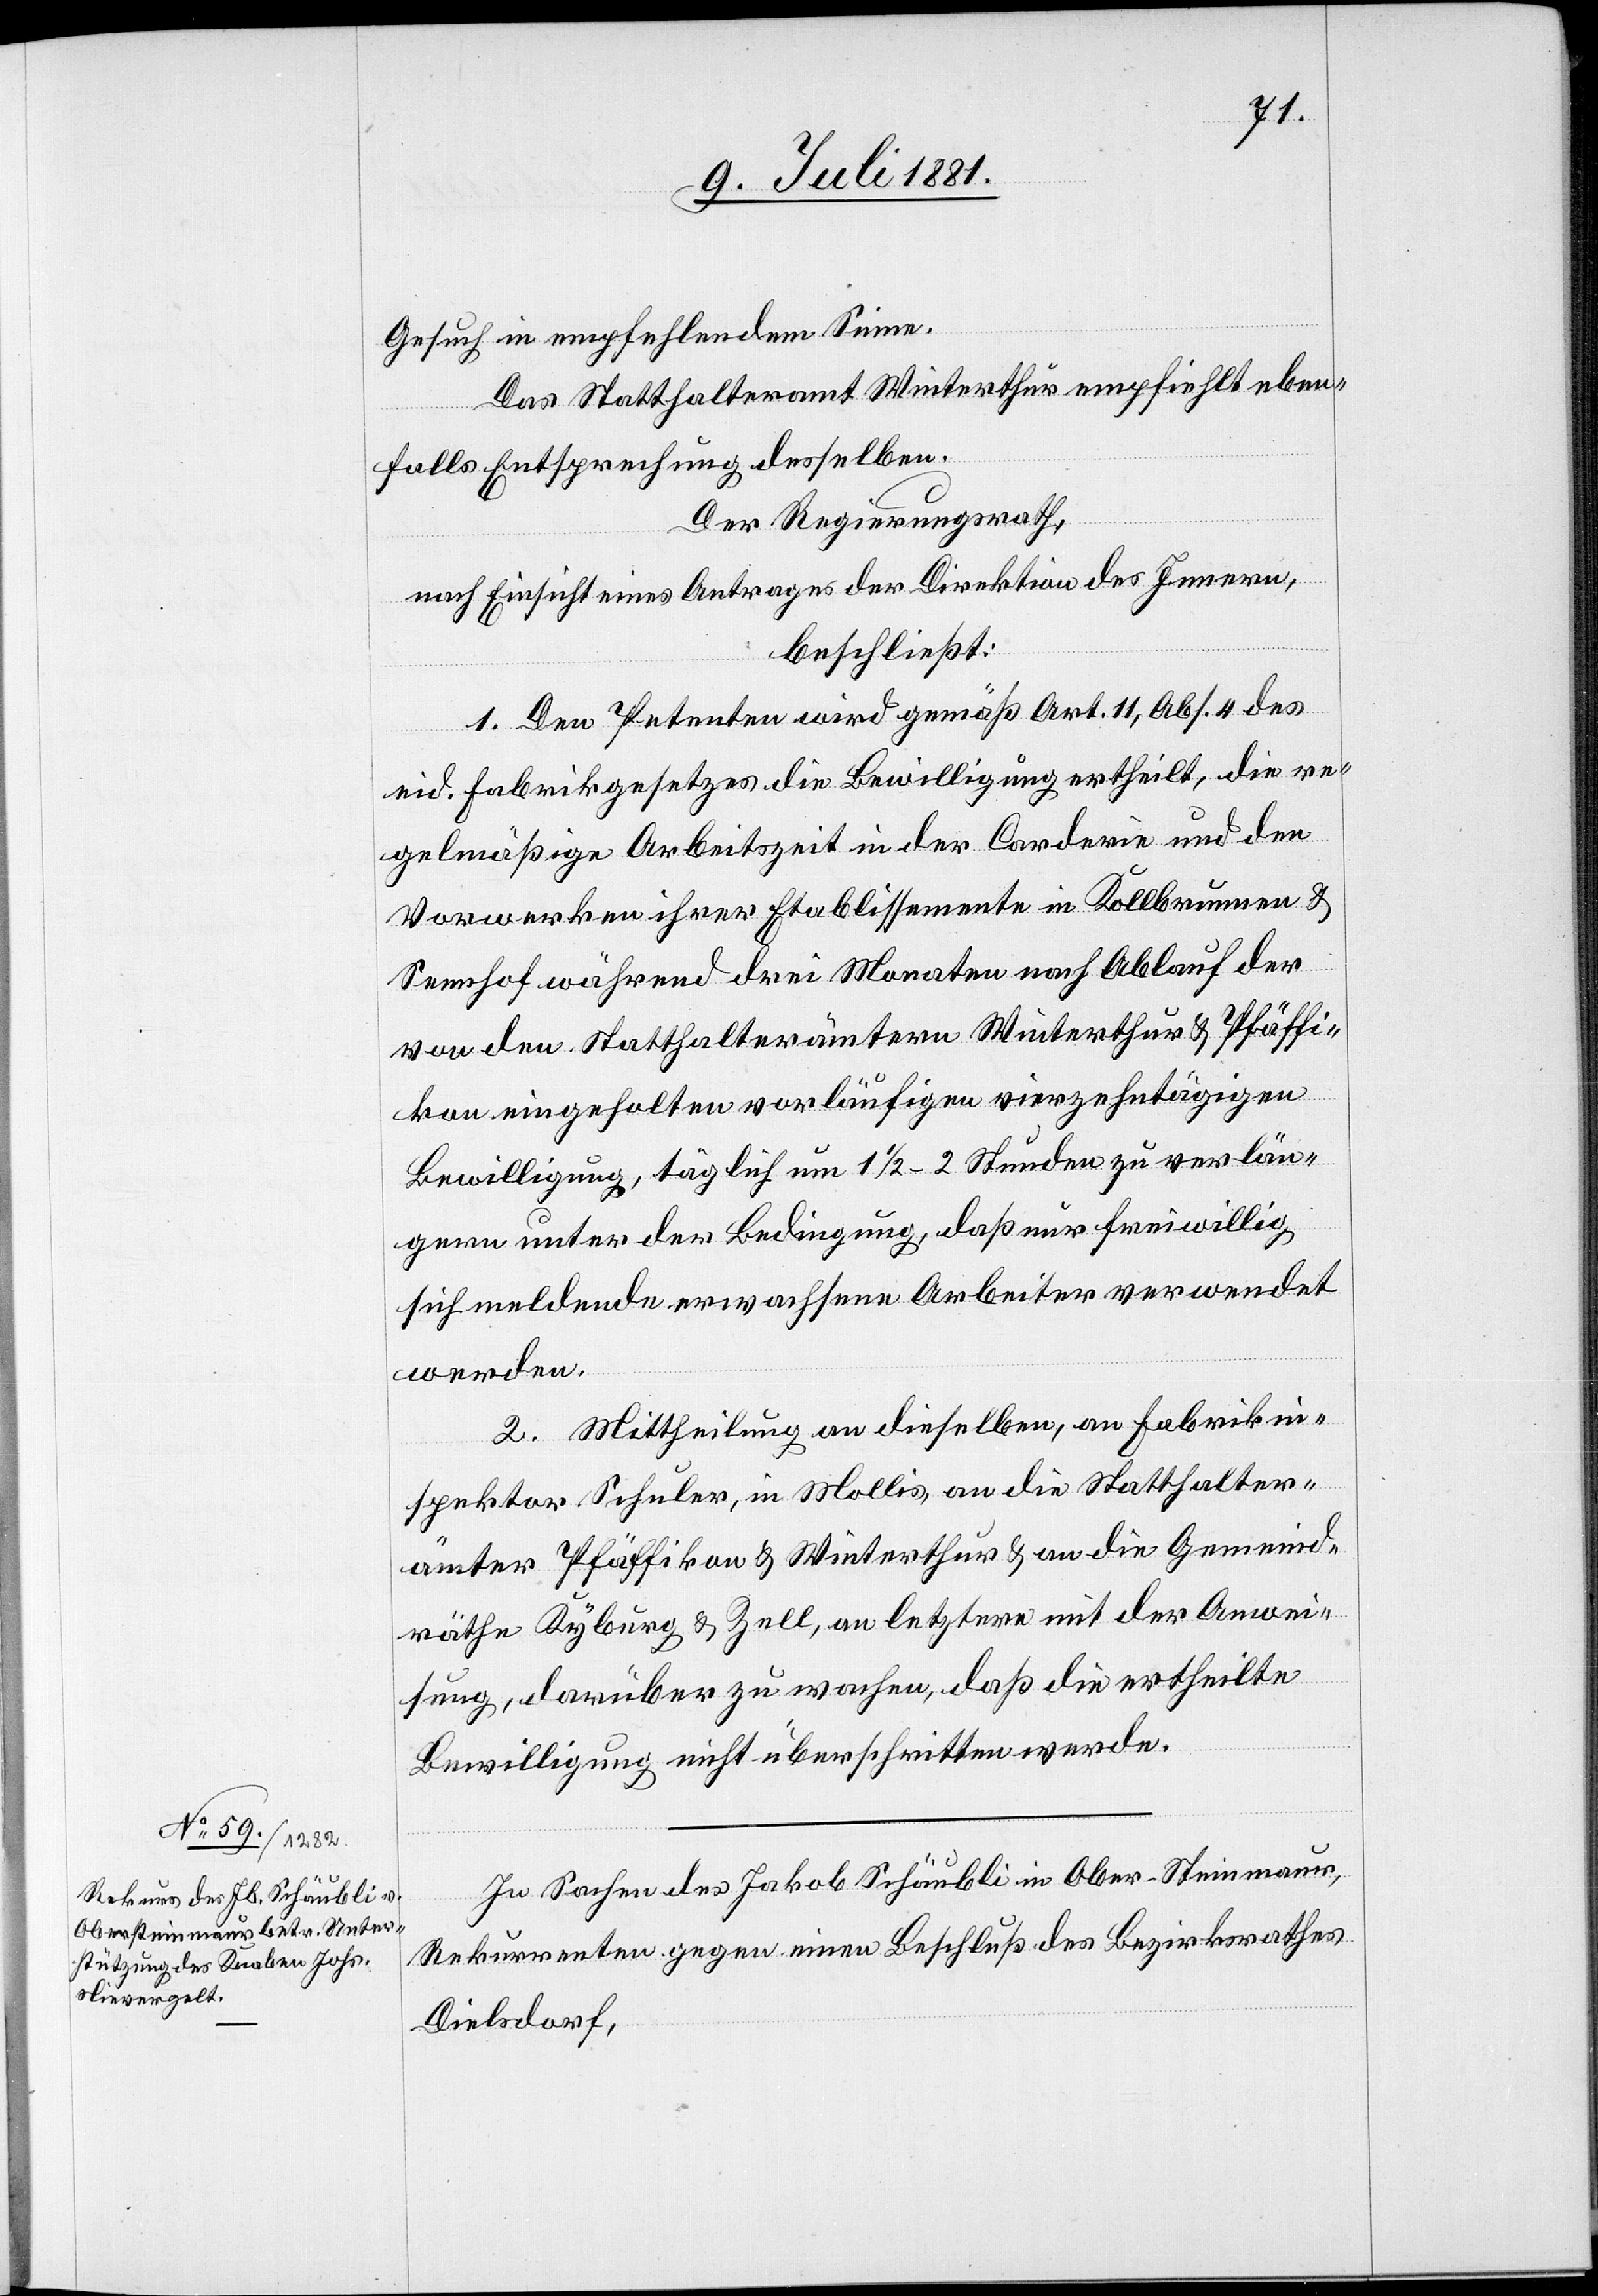
Gesuch in empfehlenden Sinne.
Das Statthalteramt Winterthur empfiehlt eben¬
falls Entsprechung desselben.
Der Regierungsrath,
nach Einsicht eines Antrages der Direktion des Innern,
beschließt:
1. Den Petenten wird gemäß Art. 11, Abs. 4 des
eid. Fabrikgesetzes die Bewilligung ertheilt, die re¬
gelmäßige Arbeitszeit in der Carderie und den
Vorwerken ihrer Etablissemente in Kollbrunnen &
Sennhof während drei Monaten nach Ablauf der
von den Statthalterämtern Winterthur & Pfäffi¬
kon eingeholten vorläufigen vierzehntägigen
Bewilligung, täglich um 1 1/2–2 Stunden zu verlän¬
gern unter der Bedingung, daß nur freiwillig
sich meldende erwachsene Arbeiter verwendet
werden.
2. Mittheilung an dieselben, an Fabrikin¬
spektor Schuler, in Mollis, an die Statthalter¬
ämter Pfäffikon & Winterthur & an die Gemeind¬
räthe Kyburg & Zell, an letztere mit der Anwei¬
sung, darüber zu wachen, daß die ertheilte
Bewilligung nicht überschritten werde.
In Sachen des Jakob Schäubli in Ober-Steinmaur,
Rekurrenten gegen einen Beschluß des Bezirksrathes
Dielsdorf,